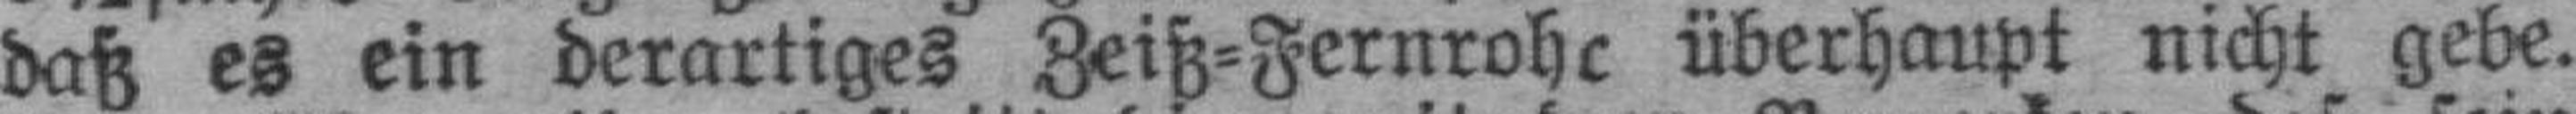
daß es ein derartiges Zeiß=Fernrohr überhaupt nicht gebe.